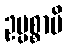
ဥပ္ပစ္စာပိ